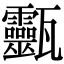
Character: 𤮹